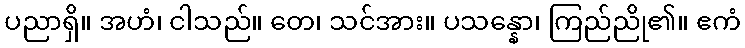
ပညာရှိ။ အဟံ၊ ငါသည်။ တေ၊ သင်အား။ ပသန္နော၊ ကြည်ညို၏။ ဧကံ